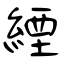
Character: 緸